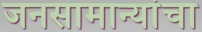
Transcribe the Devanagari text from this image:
जनसामान्यांचा